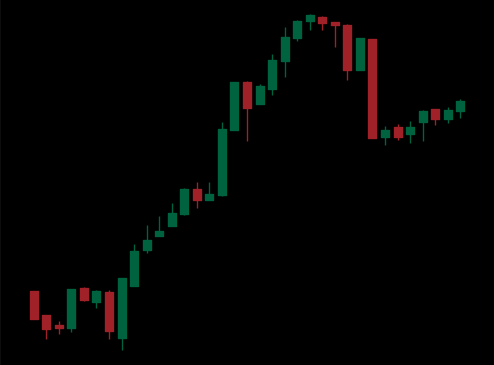
Pattern: bear_flag